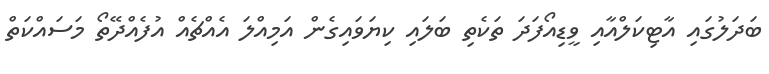
ބަދަލުގައި އާޓިކަލްއާއި ވީޑިއޯފަދަ ތަކެތި ބަލައި ކިޔަވައިގެން އަމިއްލަ އެއްޗެއް އުފެއްދޭތޯ މަސައްކަތް